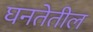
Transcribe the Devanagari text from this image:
घनतेतील